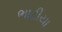
ભાટીયા